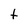
Character: t